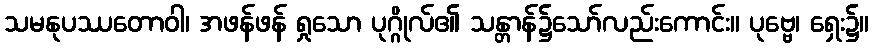
သမနုပဿတောဝါ၊ အဖန်ဖန် ရှုသော ပုဂ္ဂိုလ်၏ သန္တာန်၌သော်လည်းကောင်း။ ပုဗ္ဗေ၊ ရှေး၌။